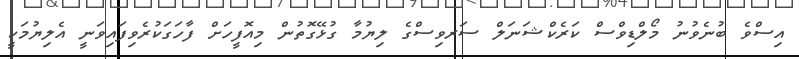
އިސްވެ ބުނެވުނު މޯލްޑިވްސް ކަރެކްޝަނަލް ސަރވިސްގެ ލިޔުމާ ގުޅޭގޮތުން މިއޮފީހަށް ފާހަގަކުރެވިފައިވަނީ އެލިޔުމަކީ